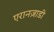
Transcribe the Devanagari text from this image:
एरानज़ाडी